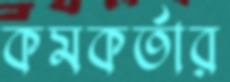
কমকর্তার